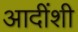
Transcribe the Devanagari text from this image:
आदींशी